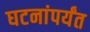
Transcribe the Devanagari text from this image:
घटनांपर्यंत